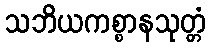
သဘိယကစ္စာနသုတ္တံ